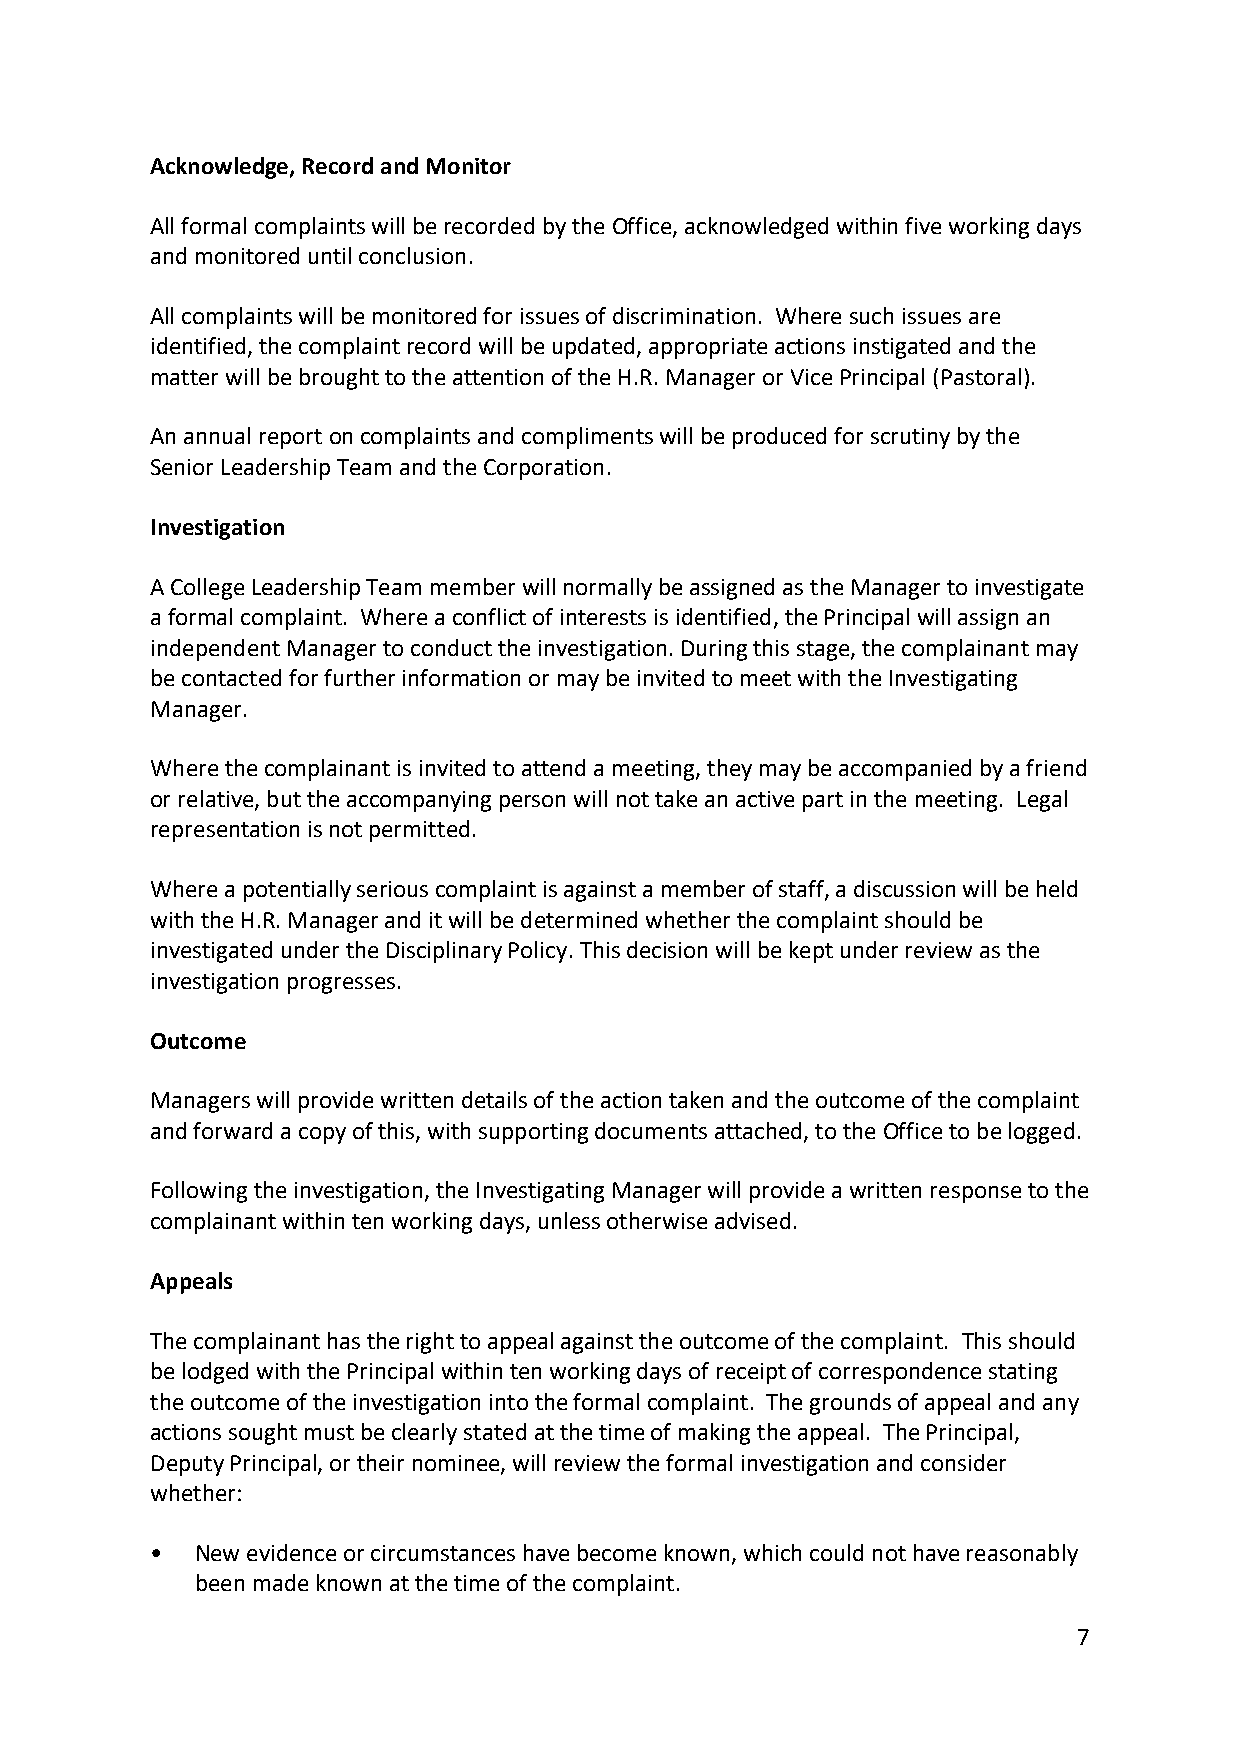
Acknowledge, Record and Monitor
 All formal complaints will be recorded by the Office, acknowledged within five working days
 and monitored until conclusion.
 All complaints will be monitored for issues of discrimination. Where such issues are
 identified, the complaint record will be updated, appropriate actions instigated and the
 matter will be brought to the attention of the H.R. Manager or Vice Principal (Pastoral).
 An annual report on complaints and compliments will be produced for scrutiny by the
 Senior Leadership Team and the Corporation.
 Investigation
 A College Leadership Team member will normally be assigned as the Manager to investigate
 a formal complaint. Where a conflict of interests is identified, the Principal will assign an
 independent Manager to conduct the investigation. During this stage, the complainant may
 be contacted for further information or may be invited to meet with the Investigating
 Manager.
 Where the complainant is invited to attend a meeting, they may be accompanied by a friend
 or relative, but the accompanying person will not take an active part in the meeting. Legal
 representation is not permitted.
 Where a potentially serious complaint is against a member of staff, a discussion will be held
 with the H.R. Manager and it will be determined whether the complaint should be
 investigated under the Disciplinary Policy. This decision will be kept under review as the
 investigation progresses.
 Outcome
 Managers will provide written details of the action taken and the outcome of the complaint
 and forward a copy of this, with supporting documents attached, to the Office to be logged.
 Following the investigation, the Investigating Manager will provide a written response to the
 complainant within ten working days, unless otherwise advised.
 Appeals
 The complainant has the right to appeal against the outcome of the complaint. This should
 be lodged with the Principal within ten working days of receipt of correspondence stating
 the outcome of the investigation into the formal complaint. The grounds of appeal and any
 actions sought must be clearly stated at the time of making the appeal. The Principal,
 Deputy Principal, or their nominee, will review the formal investigation and consider
 whether:
 •  New evidence or circumstances have become known, which could not have reasonably
 been made known at the time of the complaint.
 7